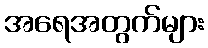
အရေအတွက်များ